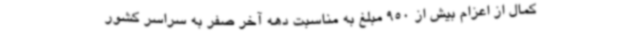
کمال از اعزام بیش از 950 مبلغ به مناسبت دهه آخر صفر به سراسر کشور